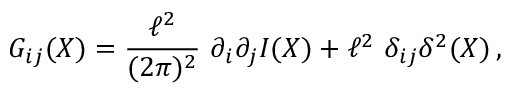
G _ { i j } ( X ) = \frac { \ell ^ { 2 } } { ( 2 \pi ) ^ { 2 } } \ \partial _ { i } \partial _ { j } I ( X ) + \ell ^ { 2 } \ \delta _ { i j } \delta ^ { 2 } ( X ) \, ,